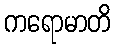
ကရောမာတိ